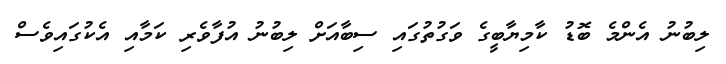
ލިބުނު އެންމެ ބޮޑު ކާމިޔާބީގެ ވަގުތުގައި ސިބާއަށް ލިބުނު އުފާވެރި ކަމާއި އެކުގައިވެސް